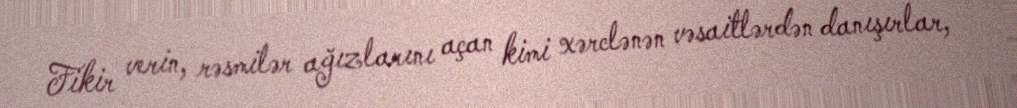
Fikir verin, rəsmilər ağızlarını açan kimi xərclənən vəsaitlərdən danışırlar,